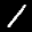
Label: 1